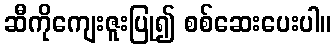
ဆီကိုကျေးဇူးပြု၍ စစ်ဆေးပေးပါ။